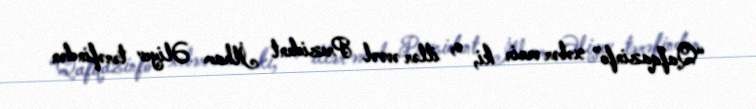
“Qafqazinfo” xəbər verir ki, o, illər əvvəl Prezident İlham Əliyev tərəfindən